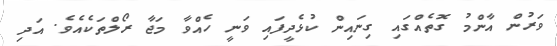
ވަރުން އާންމު ގޮތެއްގައި ގިނައިން ކުޅެދީފައި ވަނީ ހެއްވާ މަޖާ ރޯލްތަކެއެވެ. އަދި